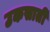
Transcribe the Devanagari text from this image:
उकसातीं